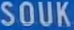
SOUK